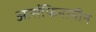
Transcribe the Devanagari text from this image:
आर्सफिनामीन